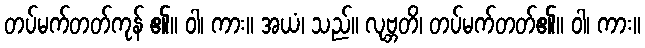
တပ်မက်တတ်ကုန် ၏။ ဝါ၊ ကား။ အယံ၊ သည်။ လုဗ္ဘတိ၊ တပ်မက်တတ်၏။ ဝါ၊ ကား။